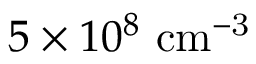
5 \times 1 0 ^ { 8 } \ \mathrm { c m ^ { - 3 } }